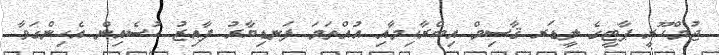
ޖުމްހޫރީ ޕާޓީގެ ލީޑަރ ޤާސިމް އިބްރާހިމާއި އުއްތަމަ ފަނޑިޔާރު ފާއިޒު ހުސެއިން އެހިންގަވާ